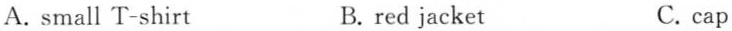
A.small T-shirt B.red jacket C. cap